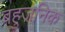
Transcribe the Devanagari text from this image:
बहुजनिक